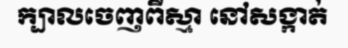
ក្បាលចេញពីស្មា នៅសង្កាត់